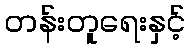
တန်းတူရေးနှင့်